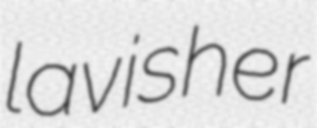
lavisher